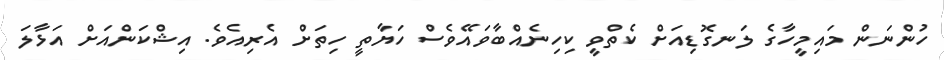
ހުންނަން މައިމީހާގެ ލަނގޮޑިއަށް ކެތްވީ ކިހިނެއްބާވައޭވެސް ހަޔާތީ ހިތަށް އެރިއެވެ. އިޝްކަންއަށް އަޅާލަ